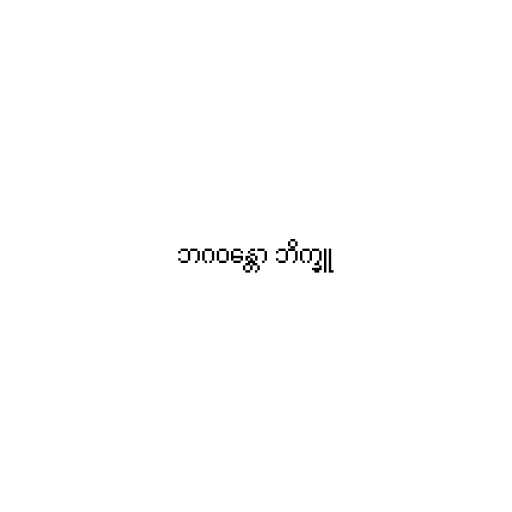
ဘဂဝန္တော ဘိက္ခူ